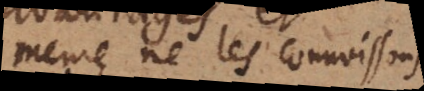
même ne les connoissons